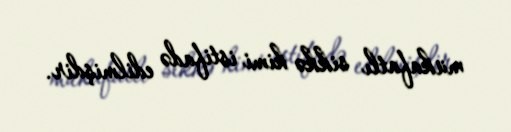
mükafatlı sikkə kimi istifadə edilmişdir.